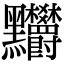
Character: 𪓉